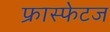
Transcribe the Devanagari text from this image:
फ्रास्फेटज